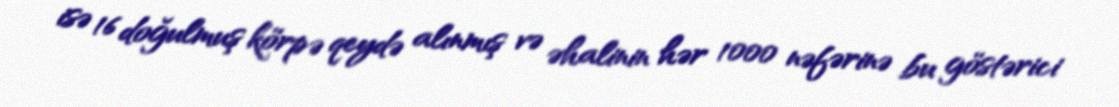
isə 16 doğulmuş körpə qeydə alınmış və əhalinin hər 1000 nəfərinə bu göstərici